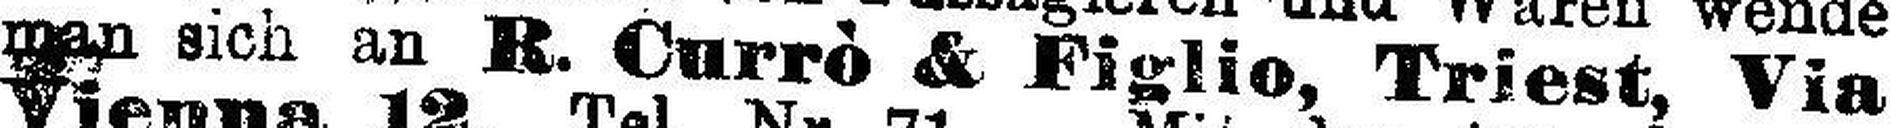
man sich an R. Currò & Figlio, Triest, Via